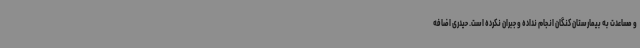
و مساعدت به بیمارستان کنگان انجام نداده و جبران نکرده است. حیدری اضافه